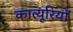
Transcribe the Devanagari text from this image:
कात्यूरियों